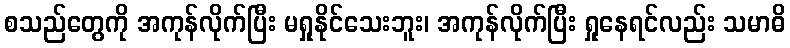
စသည်တွေကို အကုန်လိုက်ပြီး မရှုနိုင်သေးဘူး၊ အကုန်လိုက်ပြီး ရှုနေရင်လည်း သမာဓိ